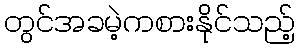
တွင်အခမဲ့ကစားနိုင်သည့်